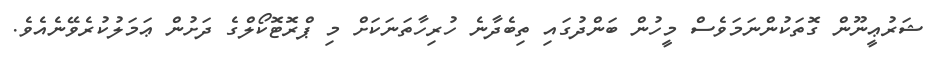
ޝަރުޢީނޫން ގޮތަކުންނަމަވެސް މީހުން ބަންދުގައި ތިބެދާނެ ހުރިހާތަނަކަށް މި ޕްރޮޓޮކޯލްގެ ދަށުން ޢަމަލުކުރެވޭނެއެވެ.